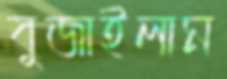
বুজাইলাম